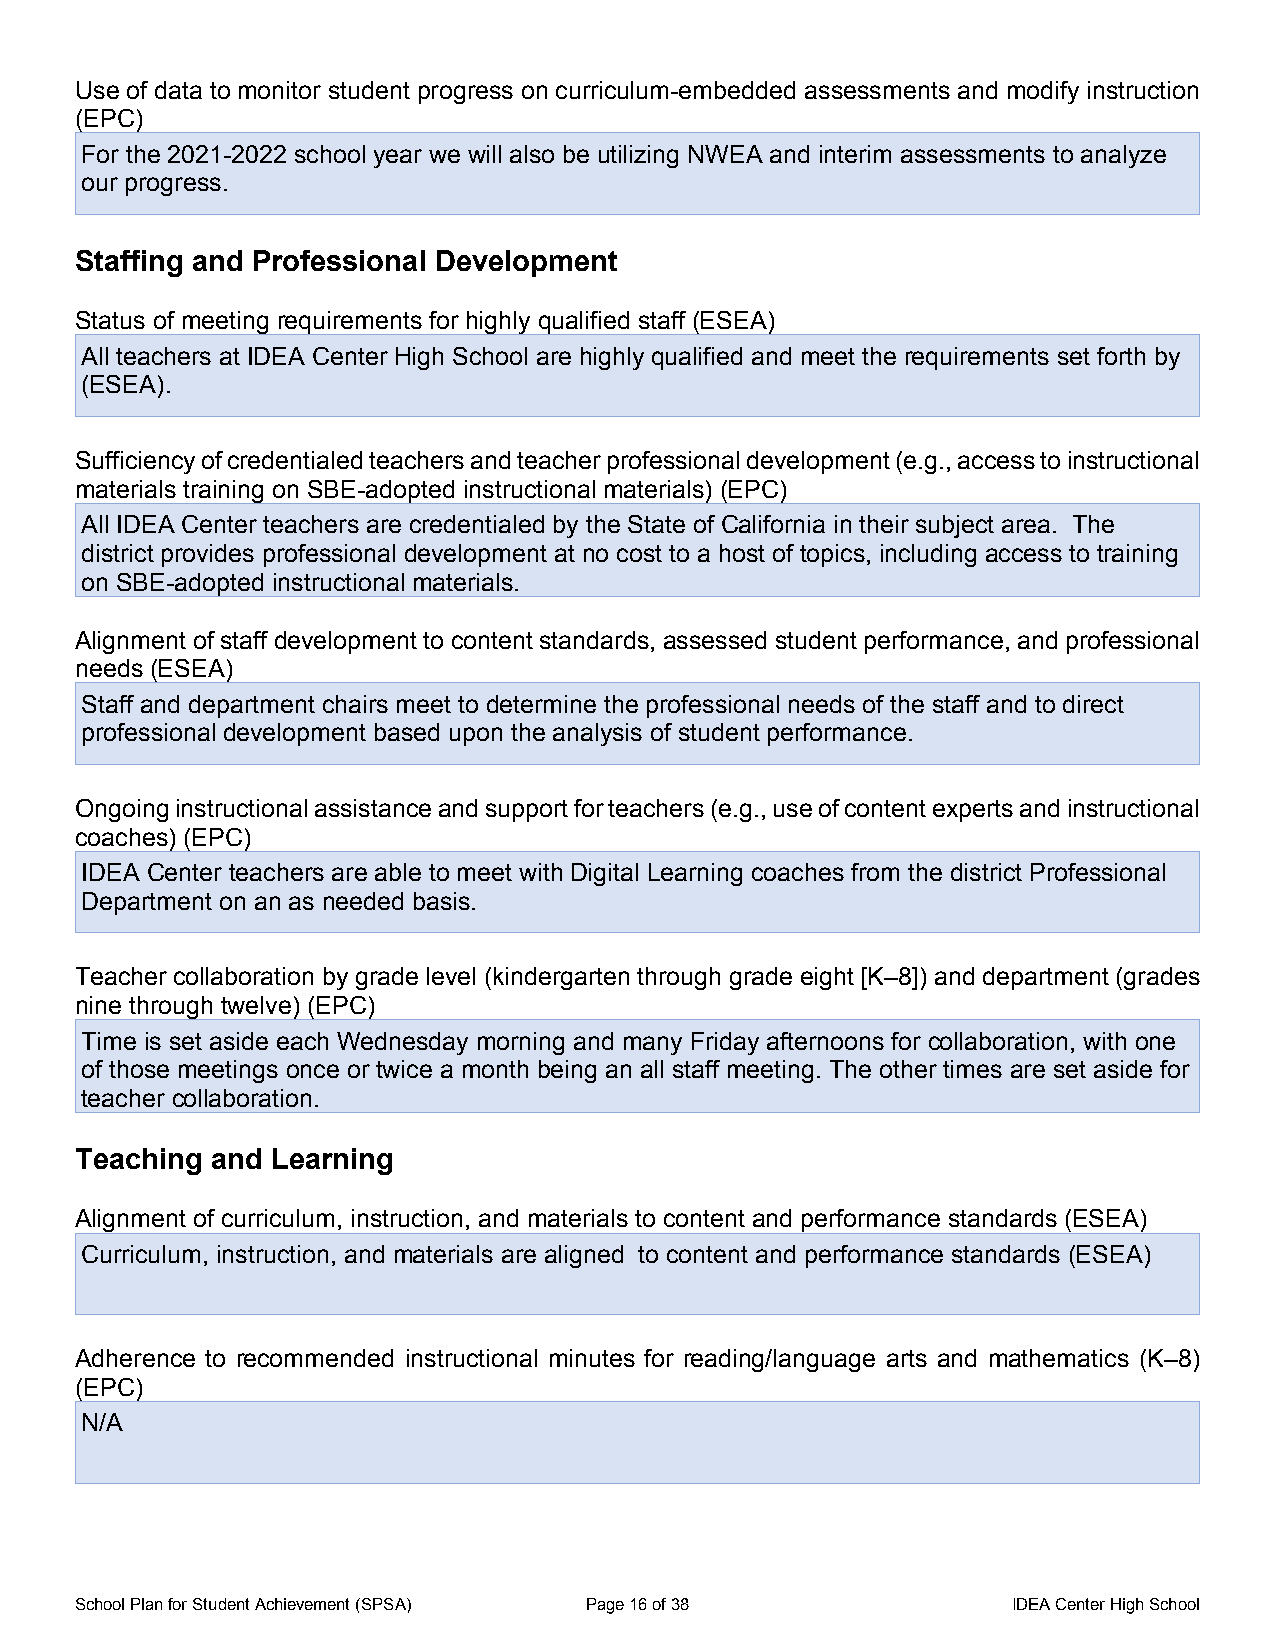
Use of data to monitor student progress on curriculum-embedded assessments and modify instruction
 (EPC)
 For the 2021-2022 school year we will also be utilizing NWEA and interim assessments to analyze
 our progress.
 Staffing and Professional Development
 Status of meeting requirements for highly qualified staff (ESEA)
 All teachers at IDEA Center High School are highly qualified and meet the requirements set forth by
 (ESEA).
 Sufficiency of credentialed teachers and teacher professional development (e.g., access to instructional
 materials training on SBE-adopted instructional materials) (EPC)
 All IDEA Center teachers are credentialed by the State of California in their subject area. The
 district provides professional development at no cost to a host of topics, including access to training
 on SBE-adopted instructional materials.
 Alignment of staff development to content standards, assessed student performance, and professional
 needs (ESEA)
 Staff and department chairs meet to determine the professional needs of the staff and to direct
 professional development based upon the analysis of student performance.
 Ongoing instructional assistance and support for teachers (e.g., use of content experts and instructional
 coaches) (EPC)
 IDEA Center teachers are able to meet with Digital Learning coaches from the district Professional
 Department on an as needed basis.
 Teacher collaboration by grade level (kindergarten through grade eight [K–8]) and department (grades
 nine through twelve) (EPC)
 Time is set aside each Wednesday morning and many Friday afternoons for collaboration, with one
 of those meetings once or twice a month being an all staff meeting. The other times are set aside for
 teacher collaboration.
 Teaching and Learning
 Alignment of curriculum, instruction, and materials to content and performance standards (ESEA)
 Curriculum, instruction, and materials are aligned to content and performance standards (ESEA)
 Adherence to recommended instructional minutes for reading/language arts and mathematics (K–8)
 (EPC)
 N/A
 School Plan for Student Achievement (SPSA) Page 16 of 38      IDEA Center High School